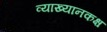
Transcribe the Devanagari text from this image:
व्याख्यानकक्ष